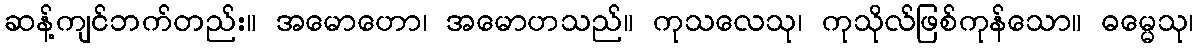
ဆန့်ကျင်ဘက်တည်း။ အမောဟော၊ အမောဟသည်။ ကုသလေသု၊ ကုသိုလ်ဖြစ်ကုန်သော။ ဓမ္မေသု၊